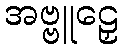
အဗ္ဗူဠှေ